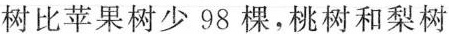
树比苹果树少98棵，桃树和梨树